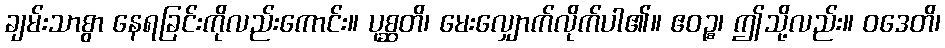
ချမ်းသာစွာ နေရခြင်းကိုလည်းကောင်း။ ပုစ္ဆတိ၊ မေးလျှောက်လိုက်ပါ၏။ ဧဝဉ္စ၊ ဤသို့လည်း။ ဝဒေတိ၊